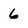
Character: 6